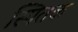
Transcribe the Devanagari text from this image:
स्पितक